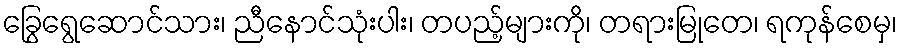
ခြွေရွေဆောင်သား၊ ညီနောင်သုံးပါး၊ တပည့်များကို၊ တရားမြုတေ၊ ရကုန်စေမှ၊